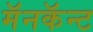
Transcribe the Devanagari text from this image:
मॅनकॅन्ट